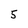
Character: 5